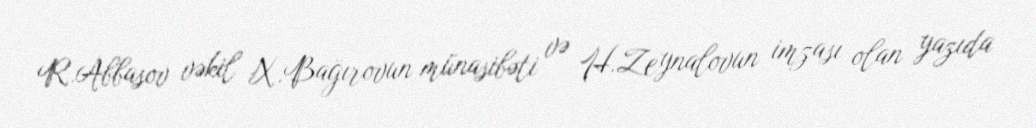
R.Abbasov vəkil X.Bağırovun münasibəti və H.Zeynalovun imzası olan yazıda